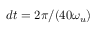
d t = 2 \pi / ( 4 0 \omega _ { u } )